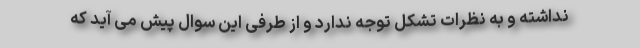
نداشته و به نظرات تشکل توجه ندارد و از طرفی این سوال پیش می آید که